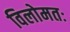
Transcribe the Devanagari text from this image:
विलोमतः